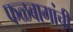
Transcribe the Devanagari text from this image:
फळबागांची